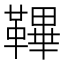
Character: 鞸